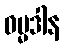
ဓမ္မဒါန